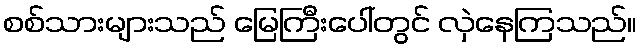
စစ်သားများသည် မြေကြီးပေါ်တွင် လှဲနေကြသည်။